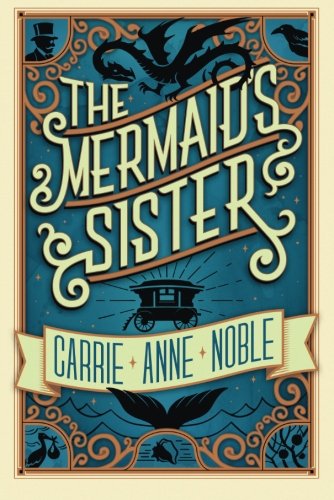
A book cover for The Mermaid's Sister; Carrie Anne Noble; Science Fiction & Fantasy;